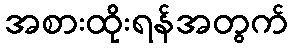
အစားထိုးရန်အတွက်